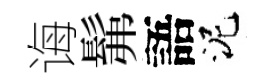
诲髴語泥